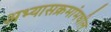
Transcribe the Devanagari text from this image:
अभ्यासक्रमांमधील